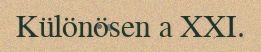
Különösen a XXI.